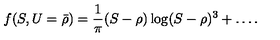
f ( S , U = { \bar { \rho } } ) = { \frac { 1 } { \pi } } ( S - \rho ) \log ( S - \rho ) ^ { 3 } + \dots .